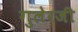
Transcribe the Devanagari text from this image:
गुलेरजी